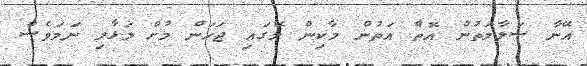
އޭނާ ސަލާމަތުން އޮތް އަތުން މާކިން މޭގައި ޖަހަން މުށް މަޅާލި ނަމަވެސް